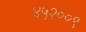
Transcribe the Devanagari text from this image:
४५२००९